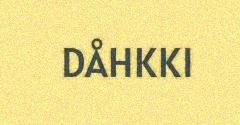
DÅHKKI